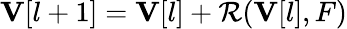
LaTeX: \mathbf{V}[l+1]=\mathbf{V}[l]+\mathcal{R}(\mathbf{V}[l],F)